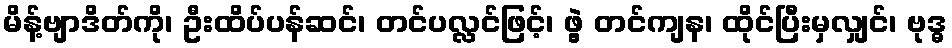
မိန့်ဗျာဒိတ်ကို၊ ဦးထိပ်ပန်ဆင်၊ တင်ပလ္လင်ဖြင့်၊ ဖွဲ့ တင်ကျန၊ ထိုင်ပြီးမှလျှင်၊ ဗုဒ္ဓ